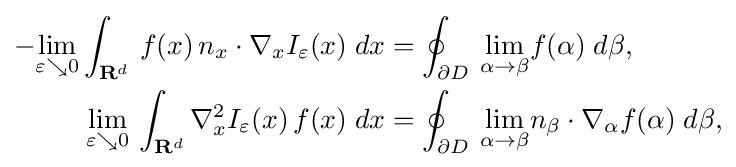
{\begin{aligned}-{\underset {\varepsilon \searrow 0}{\lim }}\int _{\mathbf {R} ^{d}}\,f(x)\,n_{x}\cdot \nabla _{x}I_{\varepsilon }(x)\;dx&=\oint _{\partial D}\,{\underset {\alpha \to \beta }{\lim }}f(\alpha )\;d\beta ,\\{\underset {\varepsilon \searrow 0}{\lim }}\,\int _{\mathbf {R} ^{d}}\nabla _{x}^{2}I_{\varepsilon }(x)\,f(x)\;dx&=\oint _{\partial D}\,{\underset {\alpha \to \beta }{\lim }}n_{\beta }\cdot \nabla _{\alpha }f(\alpha )\;d\beta ,\end{aligned}}